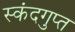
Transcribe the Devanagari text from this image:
स्‍कंदगुप्त